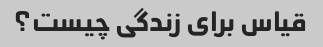
قیاس برای زندگی چیست؟